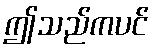
ဤသည်ကပင်